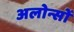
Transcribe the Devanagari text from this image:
अलोन्सों